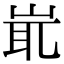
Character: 𡷝